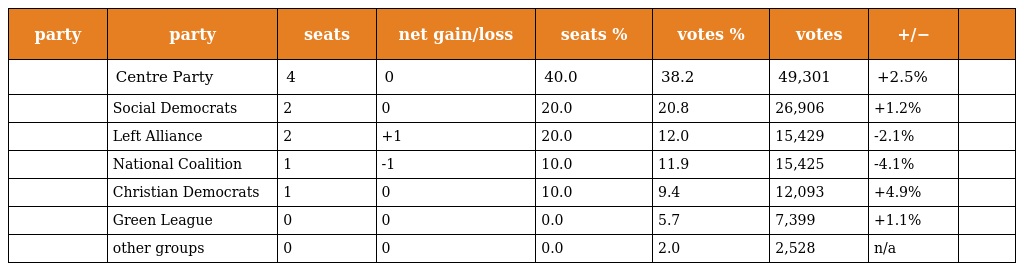
| party | party | seats | net gain/loss | seats % | votes % | votes | +/− |  |
 | --- | --- | --- | --- | --- | --- | --- | --- | --- |
 |  | Centre Party | 4 | 0 | 40.0 | 38.2 | 49,301 | +2.5% |  |
 |  | Social Democrats | 2 | 0 | 20.0 | 20.8 | 26,906 | +1.2% |  |
 |  | Left Alliance | 2 | +1 | 20.0 | 12.0 | 15,429 | -2.1% |  |
 |  | National Coalition | 1 | -1 | 10.0 | 11.9 | 15,425 | -4.1% |  |
 |  | Christian Democrats | 1 | 0 | 10.0 | 9.4 | 12,093 | +4.9% |  |
 |  | Green League | 0 | 0 | 0.0 | 5.7 | 7,399 | +1.1% |  |
 |  | other groups | 0 | 0 | 0.0 | 2.0 | 2,528 | n/a |  |